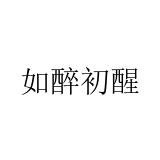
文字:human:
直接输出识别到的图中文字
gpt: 如醉初醒